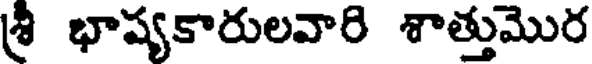
శ్రీ భాష్యకారులవారి శాత్తుమొర